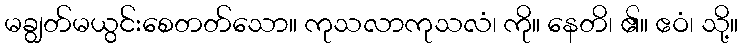
မချွတ်မယွင်းစေတတ်သော။ ကုသလာကုသလံ၊ ကို။ နေတိ၊ ၏။ ဧဝံ၊ သို့။